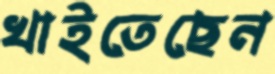
খাইতেছেন